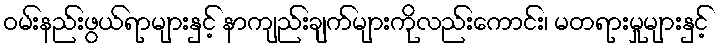
ဝမ်းနည်းဖွယ်ရာများနှင့် နာကျည်းချက်များကိုလည်းကောင်း၊ မတရားမှုများနှင့်